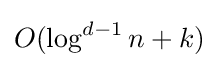
O(\log ^{d-1}n+k)